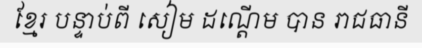
ខ្មែរ បន្ទាប់ពី សៀម ដណ្តើម បាន រាជធានី